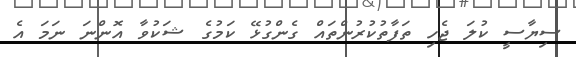
ސިޔާސީ ކުލަ ޖެހި ތަފާތުކުރުންތައް ގެންގުޅޭ ކަމުގެ ޝަކުވާ އޮންނަ ނަމަ އެ